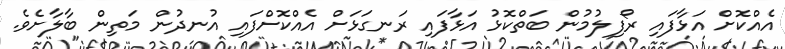
އެއްކޮށް އަޅާފައި ރޯފިލުމުން ބަތްކޮޅު އަޅާފައި ރަނގަޅަށް އެއްކޮށްފައި އުނދުން މަތިން ބާލާށެވެ.